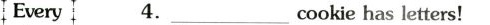
Every4.\underline cookie has letters!